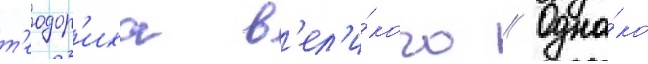
т'еодор'иха в'ел'и́кого // Одна́ко